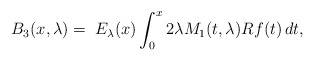
\begin{align*}B_3(x,\lambda)= \;E_\lambda(x) \int_0^x 2\lambda M_1(t,\lambda)Rf(t)\,dt,\,\end{align*}